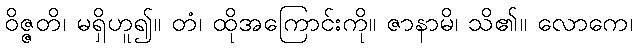
ဝိဇ္ဇတိ၊ မရှိဟူ၍။ တံ၊ ထိုအကြောင်းကို။ ဇာနာမိ၊ သိ၏။ လောကေ၊